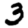
Digit: 3